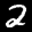
Label: 2